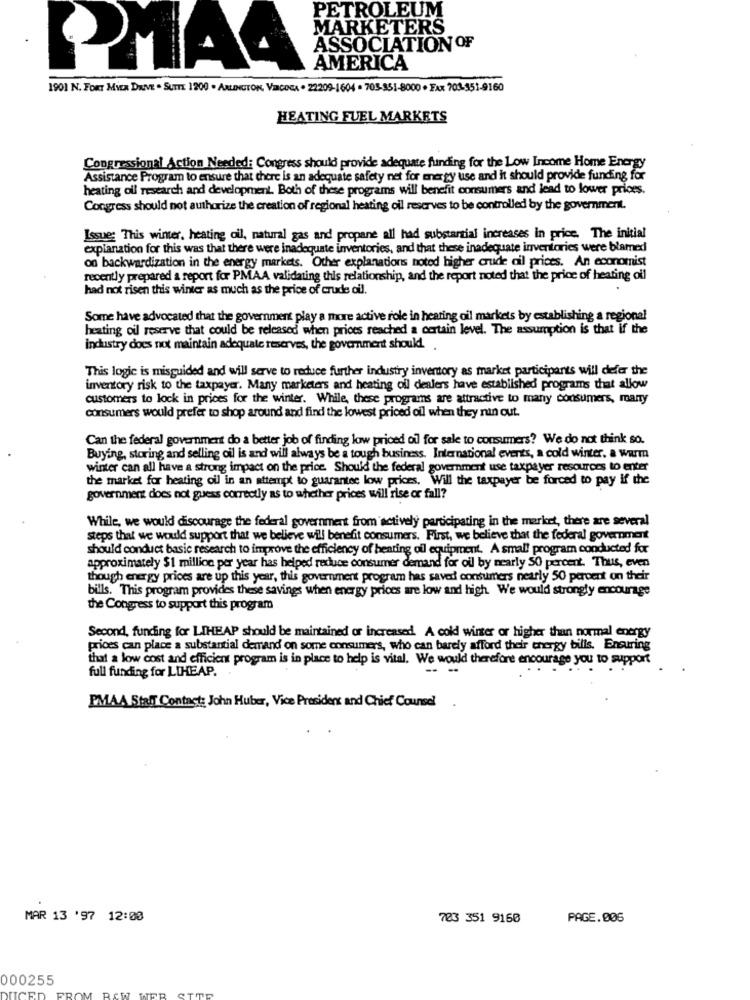
PETROLEUM
MARKETERS
ASSOCIATION OF
PAA
AMERICA
1901 N. FORT Mix DRIVE . SUITE 1200 . ARLINGTON, VINCOSA . 22209-1604 - 705-351-8000 · FAX 701-551-9160
HEATING FUEL MARKETS
Congressional Action Needed: Congress should provide adequate funding for the Low Income Home Energy
Assistance Program to ensure that there is an adequate safety net for energy use and it should provide funding for
heating oil research and development. Both of these programs will benefit consumers and lead to lower prices.
Congress should not authorize the creation of regional heating oil reserves to be controlled by the government.
Issues This winter, heating oil, natural gas and propane all had substantial increases in price. The initial
explanation for this was that there were inadequate inventories, and that these inadequate inventories were blamed
on backwardization in the energy markets. Other explanations noted higher crude oil prices. An economist
recently prepared a report for PMAA validating this relationship, and the report noted that the price of heating oil
had not risen this winter as much as the price of crude oil.
Some have advocated that the government play a more active role in heating oil markets by establishing a regional
heating oil reserve that could be released when prices reached a certain level. The assumption is that if the
industry does not maintain adequate reserves, the government should.
This logic is misguided and will serve to reduce further industry inventory as market participants will defer the
inventory risk to the taxpayer. Many marketers and heating oil dealers have established programs that allow
customers to lock in prices for the winter. While, these programs are attractive to many consumers, many
consumers would prefer to shop around and find the lowest priced oil when they run out.
Can the federal government do a better job of finding low priced of for sale to consumers? We do not think so.
Buying, storing and selling oil is and will always be a tough business. International events, a cold winter, a warm
winter can all have a strong impact on the price. Should the federal government use taxpayer resources to enter
the market for heating oil in an attempt to guarantee low prices, Will the taxpayer be forced to pay if the
government does not guess correctly as to whether prices will rise or fall?
While, we would discourage the federal government from actively participating in the market, there are several
steps that we would support that we believe will benefit consumers. First, we believe that the federal government
should conduct basic research to improve the efficiency of heating oil equipment. A small program conducted fox
approximately $1 million per year has helped reduce consumer demand for oil by nearly 50 percent. Thus, even
though energy prices are up this year, this government program has saved consumers nearly 50 percent on their
bills. This program provides these savings when energy prices are low and high. We would strongly encourage
the Congress to support this program
Second, funding for LIHEAP should be maintained or increased. A cold winger or higher than normal energy
prices can place a substantial demand on some consumers, who can barely afford their energy bills, Ensuring
that a low cost and efficient program is in place to help is vital. We would therefore encourage you to support
full funding for LIHEAP.
- -
PMAA Staff Contacts John Huber, Vice President and Chief Counsel
MAR 13 '97 12:00
723 351 9160
PAGE.005
000255
DUCED